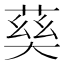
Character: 𡙠